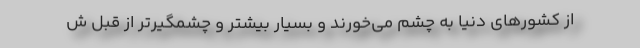
از كشورهاي دنيا به چشم مي‌خورند و بسيار بيشتر و چشمگيرتر از قبل ش